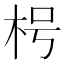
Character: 枵